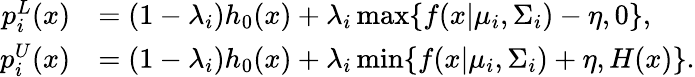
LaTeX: \begin{array}{rl}{p_{i}^{L}(x)}&{=(1-\lambda_{i})h_{0}(x)+\lambda_{i}\operatorname*{max}\{ f(x|\mu_{i},\Sigma_{i})-\eta,0\} ,}\\ {p_{i}^{U}(x)}&{=(1-\lambda_{i})h_{0}(x)+\lambda_{i}\operatorname*{min}\{ f(x|\mu_{i},\Sigma_{i})+\eta,H(x)\} .}\end{array}